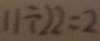
1 1 \div 2 2 = 2